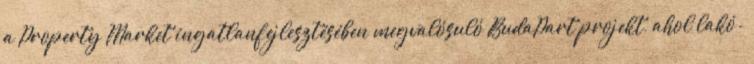
a Property Market ingatlanfejlesztésében megvalósuló BudaPart projekt, ahol lakó-